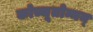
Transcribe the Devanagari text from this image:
कोच्चूतोम्मन्